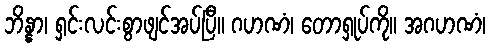
ဘိန္နာ၊ ရှင်းလင်းစွာဖျင်အပ်ပြီ။ ဂဟဏံ၊ တောရှုပ်ကို။ အဂဟဏံ၊